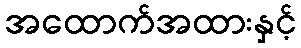
အထောက်အထားနှင့်